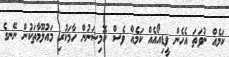
ކަމެއް ނުވަތަ އެހެން ވީޑިއޯއެއް ކަމެއް ވެސް ކޮމިޝަނުން ހާމަކުރި މައުލޫމާތަކުން ނޭނގެ